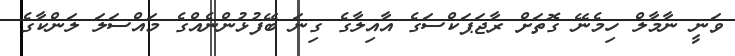
ވަނީ ނާމާލް ހިމެނޭ ގޮތަށް ރާޖަޕަކްސަގެ އާއިލާގެ ގިނަ ބޭފުޅުންނެއްގެ މައްސަލަ ލަންކާގެ